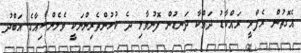
އެގޮތުން ރެފްރީ ރައްކާޑު ދައްކާ ދަނޑުން ފޮނުވާލި ދެ ކުޅުންތެރިންނަކީ ވެލެންސިއާގެ އަބްދު